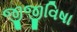
જીજીવિષા